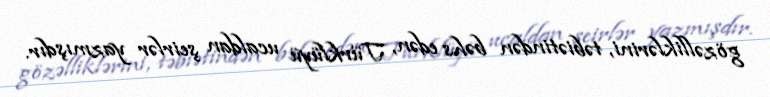
gözəlliklərini, təbiətindən bəhs edən, Türklüyü ucaldan şeirlər yazmışdır.